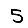
Digit: 5